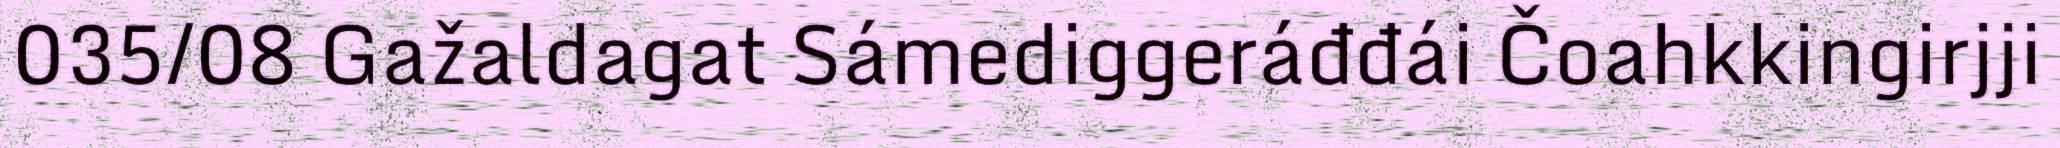
035/08 Gažaldagat Sámediggeráđđái Čoahkkingirjji